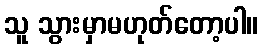
သူ သွားမှာမဟုတ်တော့ပါ။